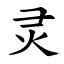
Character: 灵